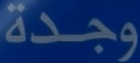
وجدة